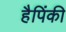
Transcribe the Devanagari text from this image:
हैपिंकी